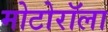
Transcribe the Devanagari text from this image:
मोटोरॉला